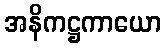
အနိကဋ္ဌကာယော